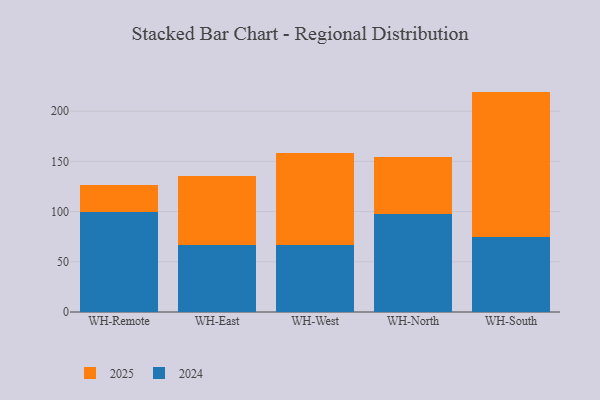
{"axis": {"x": "Warehouse", "y": "Waste Production (Tons)"}, "legend": ["2024", "2025"], "data": [{"x": "WH-Remote", "y": 27.4, "type": "2025"}, {"x": "WH-Remote", "y": 99.1, "type": "2024"}, {"x": "WH-East", "y": 68.7, "type": "2025"}, {"x": "WH-East", "y": 66.4, "type": "2024"}, {"x": "WH-West", "y": 91.5, "type": "2025"}, {"x": "WH-West", "y": 67.2, "type": "2024"}, {"x": "WH-North", "y": 56.4, "type": "2025"}, {"x": "WH-North", "y": 98.1, "type": "2024"}, {"x": "WH-South", "y": 144.7, "type": "2025"}, {"x": "WH-South", "y": 74.8, "type": "2024"}]}